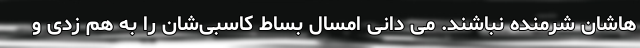
هاشان شرمنده نباشند. می دانی امسال بساط کاسبی‌شان را به هم زدی و